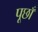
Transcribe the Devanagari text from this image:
पूछाँ